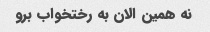
نه همین الان به رختخواب برو